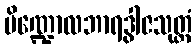
ပိဏ္ဍောလဘာရဒွါဇသုတ္တံ